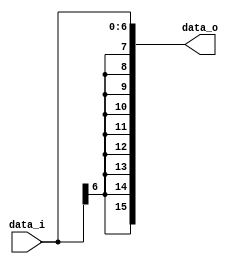
module Sign_Extend( data_i, data_o );

//I/O ports
input	[7-1:0]     data_i;
output	[16-1:0]    data_o;

//Internal Signals
wire	[16-1:0]    data_o;

//Main function
/*your code here*/
assign data_o = {{9{data_i[6]}}, data_i}; // duplicate the MSB 9 times to the right side.

endmodule